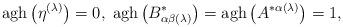
LaTeX: \begin{align*}\mathrm{agh}\left( \eta ^{(\lambda )}\right) =0,\;\mathrm{agh}\left(B_{\alpha \beta (\lambda )}^{*}\right) =\mathrm{agh}\left( A^{*\alpha(\lambda )}\right) =1, \end{align*}